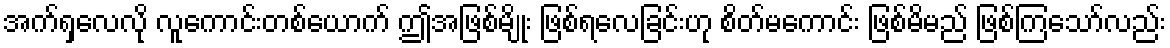
အက်ရှလေလို လူကောင်းတစ်ယောက် ဤအဖြစ်မျိုး ဖြစ်ရလေခြင်းဟု စိတ်မကောင်း ဖြစ်မိမည် ဖြစ်ကြသော်လည်း